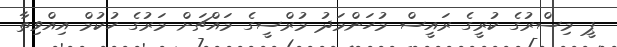
ޕީ މިސްރުގެ ކުރީގެ ރައީސް މުހަންމަދު މުރްސީގެ މައްޗަށް މަރުގެ ހުކުމް އިއްވިތާ